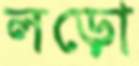
লড়ো